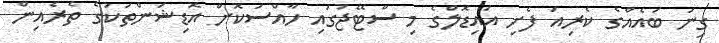
ގިނަ ބައެެއްގެ ކެރިއަ ފެށި އައިޑޮލްގެ މި ސްޓޭޖުގައި ހާއްސަކޮށް އޮޑިޝަންތަކުގެ ތެރެއިން